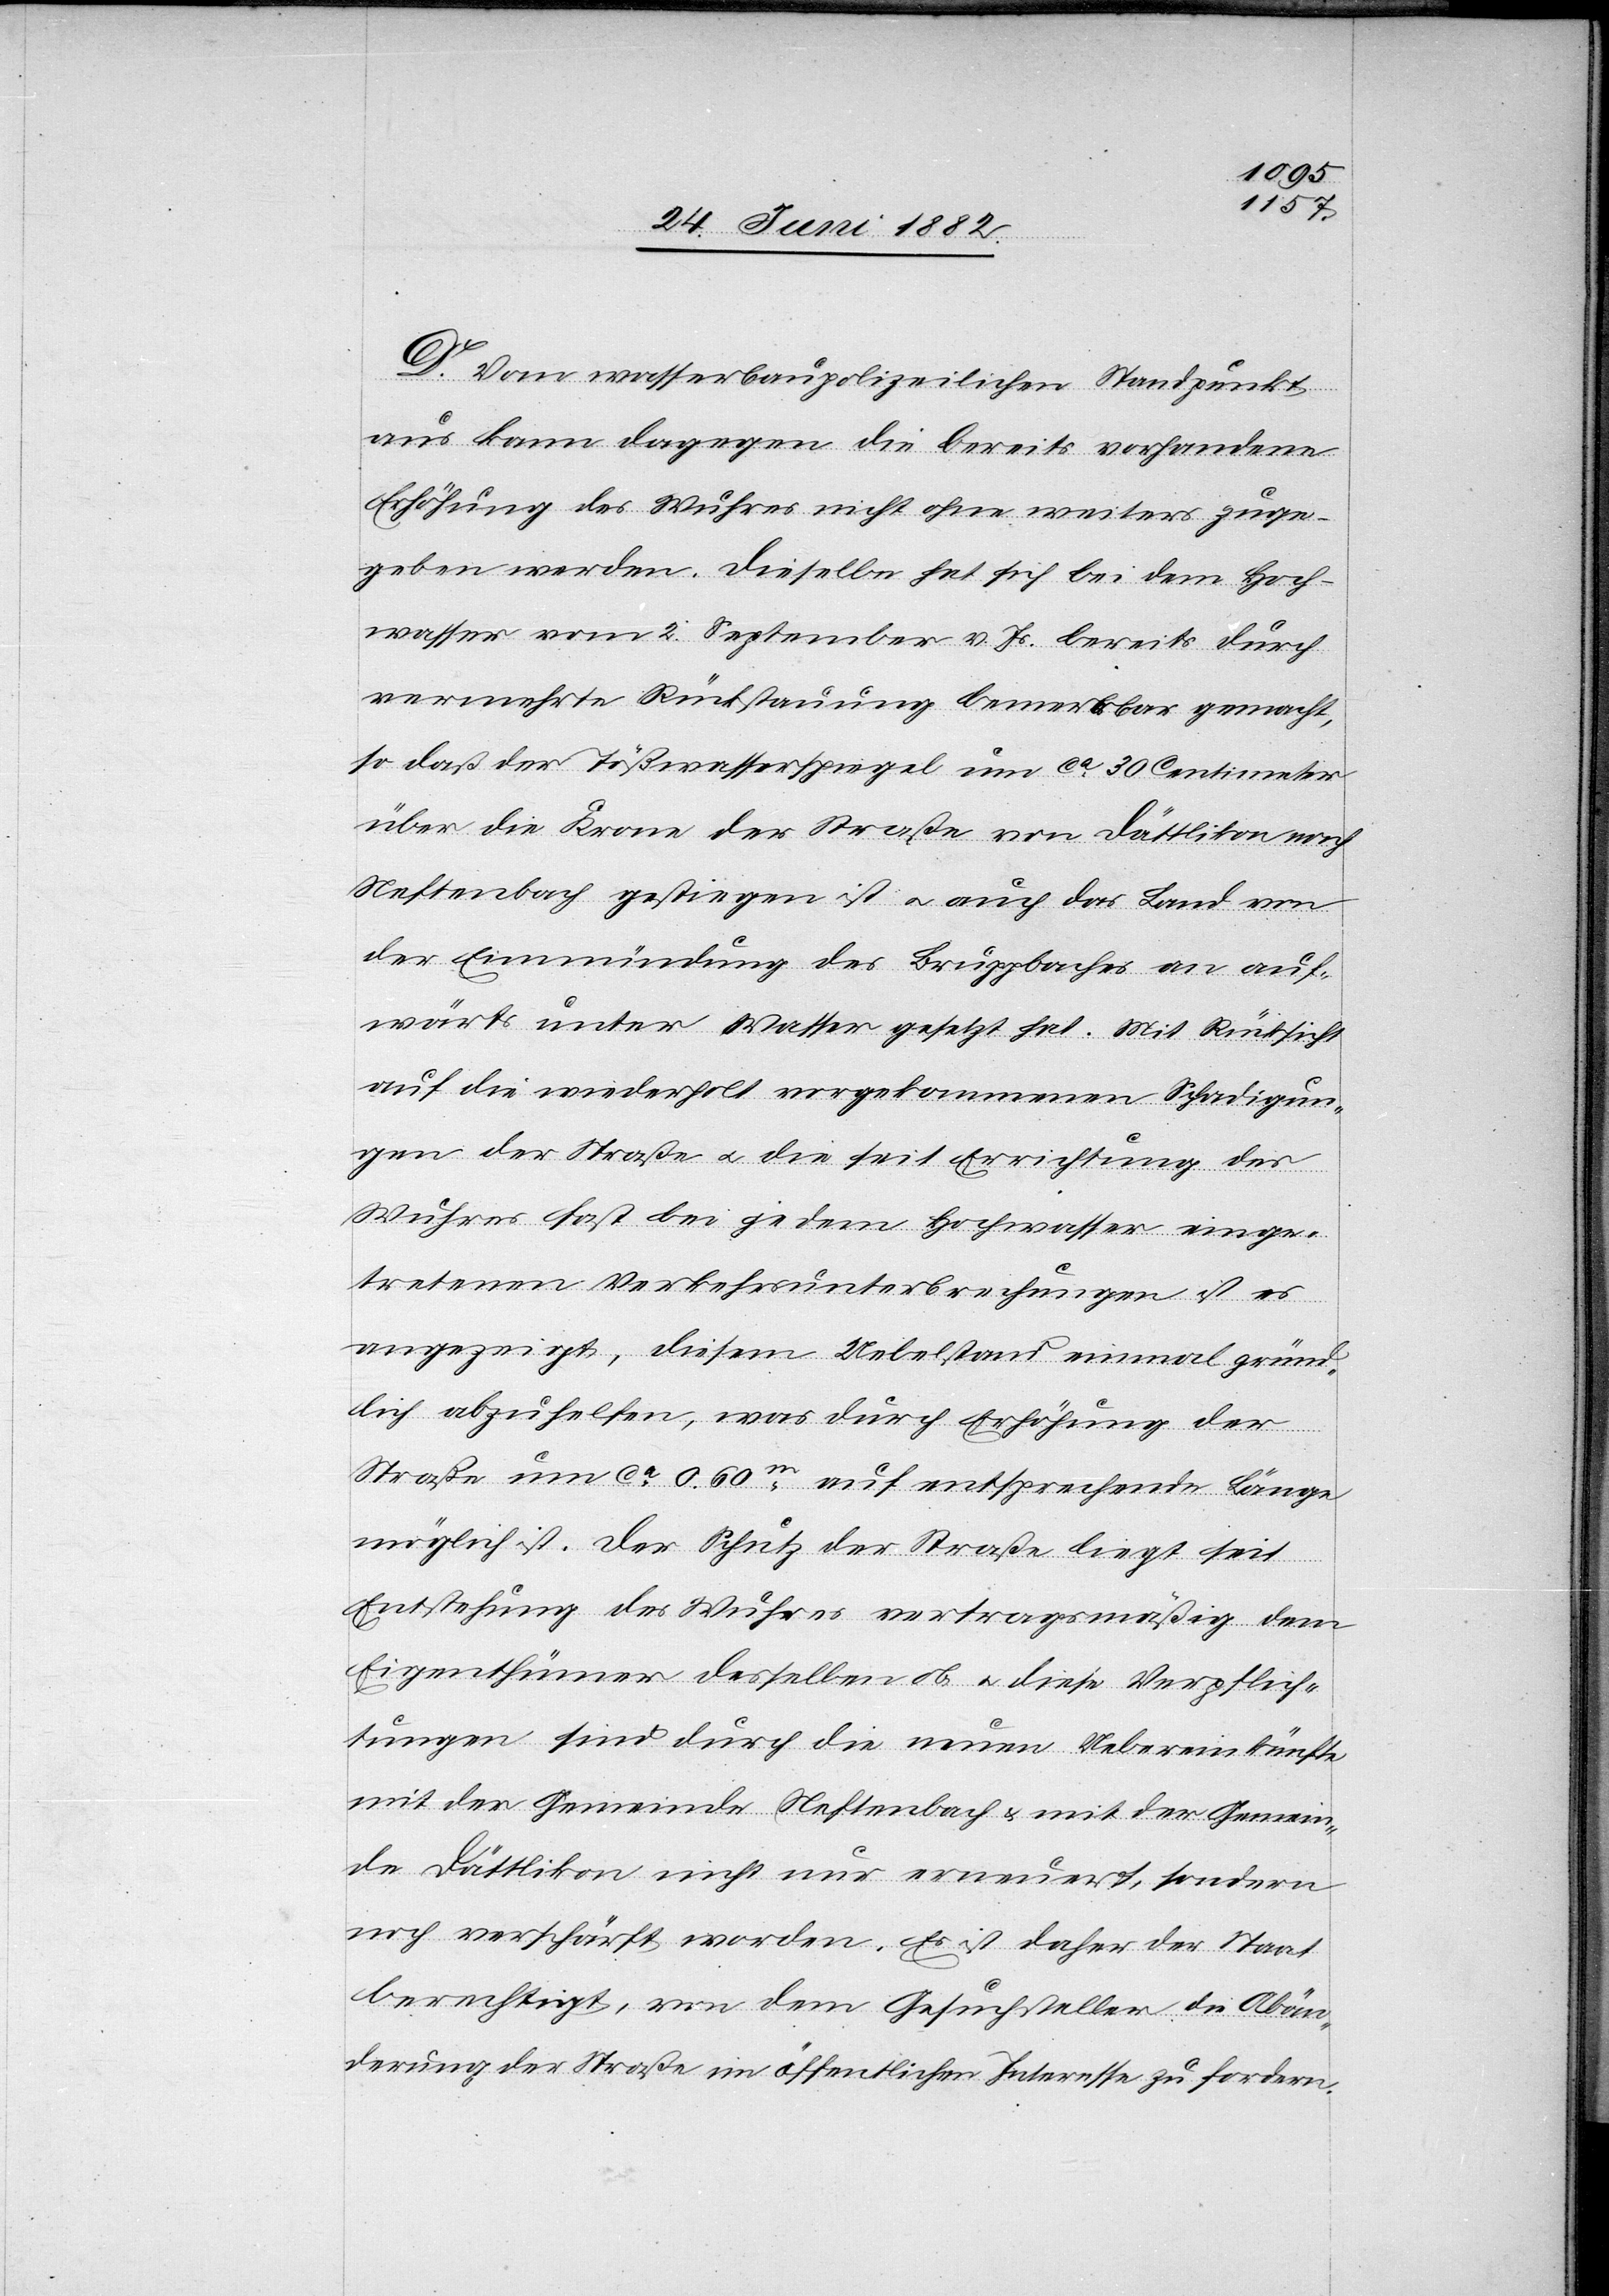
D. Vom wasserbaupolizeilichen Standpunkt
aus kann dagegen die bereits vorhandene
Erhöhung des Wuhres nicht ohne weiteres zuge¬
geben werde. Dieselbe hat sich bei dem Hoch¬
wasser vom 2. September v. Js. bereits durch
vermehrte Rückstauung bemerkbar gemacht,
so daß der Tößwasserspiegel um ca 30 Centimeter
über die Krone der Straße von Dättlikon nach
Neftenbach gestiegen ist u. auch das Land von
der Einmündung des Bruppbaches an auf¬
wärts unter Wasser gesetzt hat. Mit Rücksicht
auf die wiederholt vorgekommenen Schädigun¬
gen der Straße u. die seit Errichtung des
Wuhres fast bei jedem Hochwasser einge¬
tretenen Verkehrsunterbrechungen ist es
angezeigt, diesem Uebelstand einmal gründ¬
lich abzuhelfen, was durch Erhöhung der
Straße um ca 0.60m auf entsprechende Länge
möglich ist. Der Schutz der Straße liegt seit
Entstehung des Wuhres vertragsmäßig dem
Eigenthümer desselben ob u. diese Verpflich¬
tungen sind durch die neuen Uebereinkünfte
mit der Gemeinde Neftenbach & mit der Gemein¬
de Dättlikon nicht nur erneuert, sondern
noch verschärft worden. Es ist daher der Staat
berechtigt, von dem Gesuchsteller die Abän¬
derung der Straße im öffentlichen Interesse zu fordern.